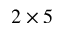
2 \times 5